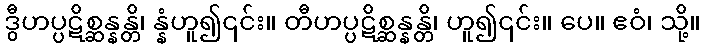
ဒွီဟပ္ပဋိစ္ဆန္နန္တိ၊ န္နံဟူ၍၎င်း။ တီဟပ္ပဋိစ္ဆန္နန္တိ၊ ဟူ၍၎င်း။ ပေ။ ဧဝံ၊ သို့။